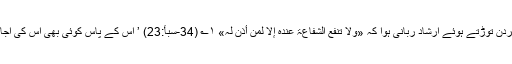
ان کے اس اعتقاد کی رگ گردن توڑتے ہوئے ارشاد ربانی ہوا کہ «وَلَا تَنفَعُ الشَّفَاعَۃُ عِندَہُ إِلَّا لِمَنْ أَذِنَ لَہُ» ۱؎ (34-سبأ:23) ’ اس کے پاس کوئی بھی اس کی اجازت بغیر لب نہیں ہلا سکتا ۔